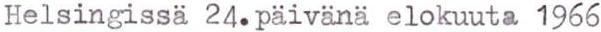
Helsingissä 24.päivänä elokuuta 1966